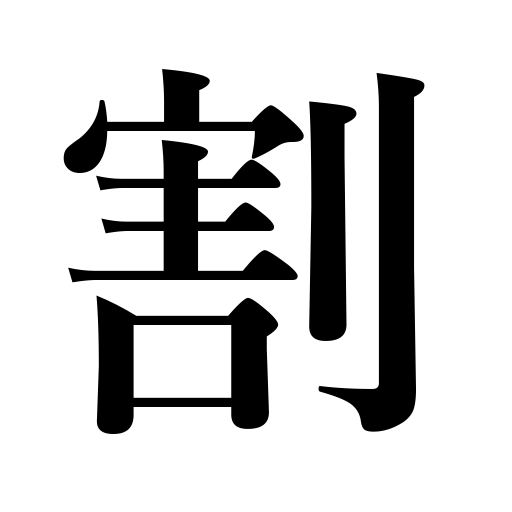
Meanings: halve,rate,percentage,split,crack,separate,break,divide,rip,dilute,cut,smash